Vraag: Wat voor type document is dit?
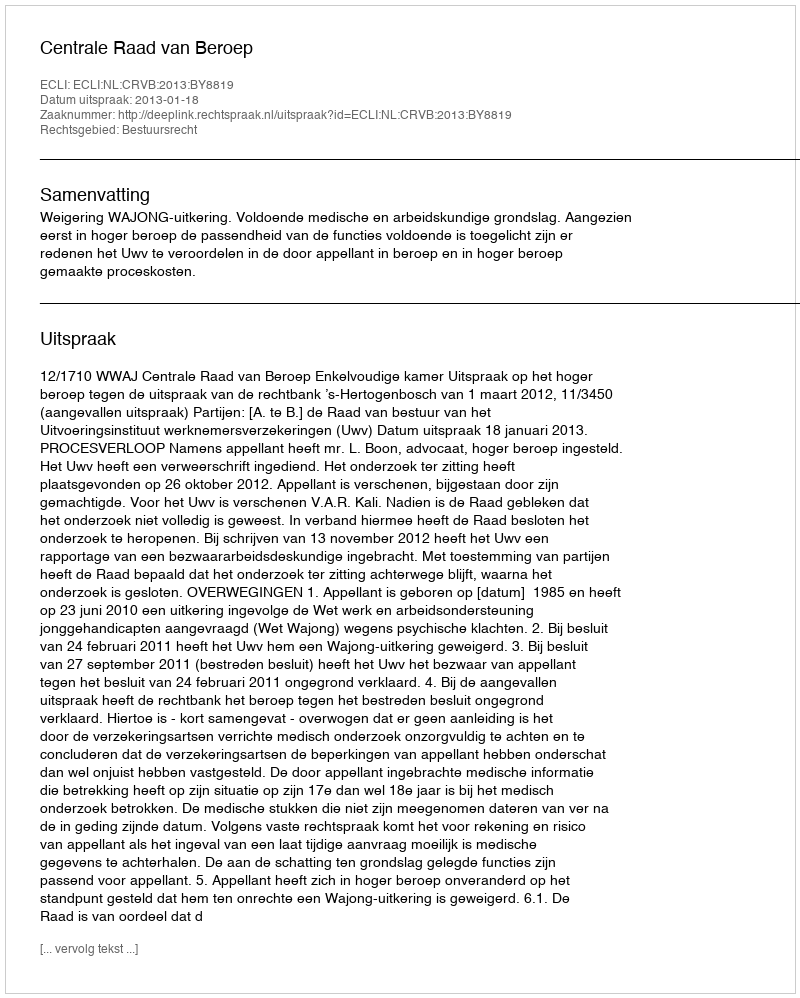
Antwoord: Uitspraak